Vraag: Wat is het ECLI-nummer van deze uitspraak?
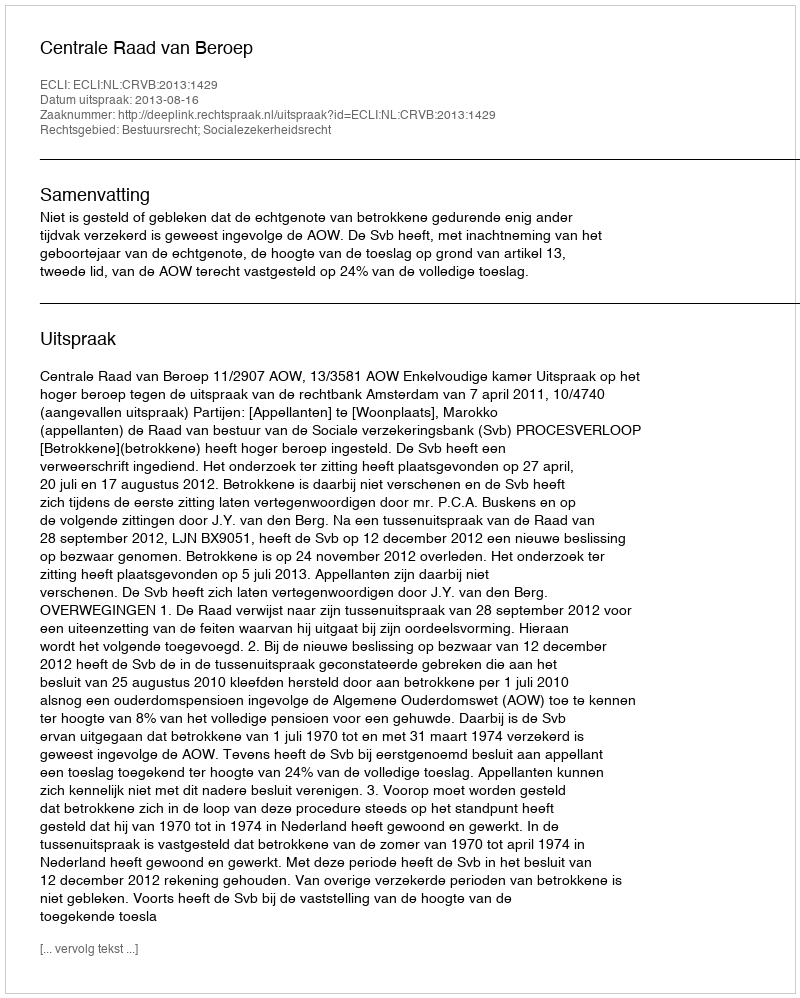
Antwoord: ECLI:NL:CRVB:2013:1429